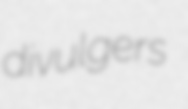
divulgers